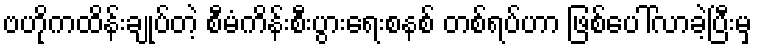
ဗဟိုကထိန်းချုပ်တဲ့ စီမံကိန်းစီးပွားရေးစနစ် တစ်ရပ်ဟာ ဖြစ်ပေါ်လာခဲ့ပြီးမှ